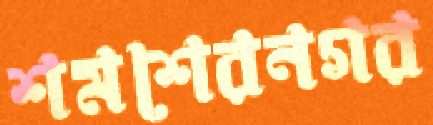
শমশেরনগর